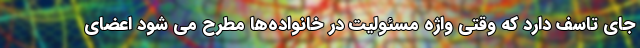
جای تاسف دارد که وقتی واژه مسئولیت در خانواده‌ها مطرح می شود اعضای